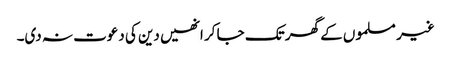
غیر مسلموں کے گھر تک جا کر انھیں دین کی دعوت نہ دی۔